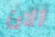
الان